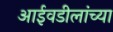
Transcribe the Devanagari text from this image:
आईवडीलांच्या